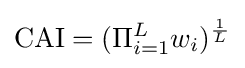
{\text{CAI}}=(\Pi _{i=1}^{L}w_{i})^{\frac {1}{L}}